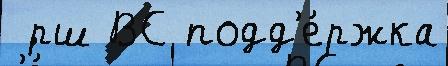
 ́рш ВС подд'е́ржка